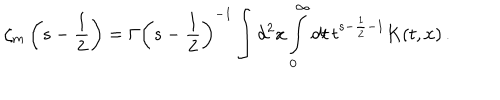
\zeta _ { m } \left( s - \frac 1 2 \right) = \Gamma \left( s - \frac 1 2 \right) ^ { - 1 } \int d ^ { 2 } x \int _ { 0 } ^ { \infty } d t \, t ^ { s - \frac 1 2 - 1 } K ( t , x ) \, .